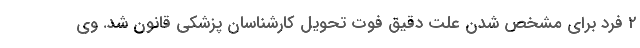
۲ فرد برای مشخص شدن علت دقیق فوت تحویل کارشناسان پزشکی قانون شد. وی